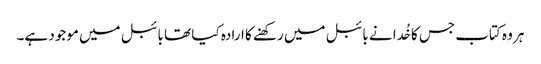
ہر وہ کتاب جس کا خُدا نے بائبل میں رکھنے کا ارادہ کیا تھا بائبل میں موجود ہے۔